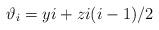
LaTeX: \begin{align*}\vartheta_i = yi + zi(i-1)/2\end{align*}